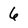
Character: 6